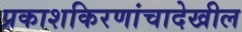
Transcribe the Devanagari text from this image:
प्रकाशकिरणांचादेखील